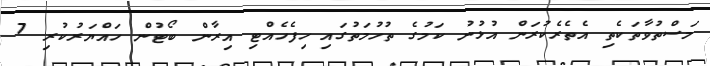
މަސްތުވާތަކެތި އެތެރެކުރަން އުޅުނު ކަމުގެ ތުހުމަތުގައި ހިފެހެއްޓި އިރާން ބޯޓުން ހައްޔަރުކުރި 7